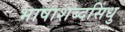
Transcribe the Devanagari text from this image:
भाषाशब्दसिंधु